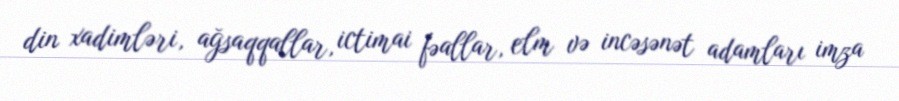
din xadimləri, ağsaqqallar, ictimai fəallar, elm və incəsənət adamları imza